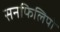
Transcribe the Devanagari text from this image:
सनफिलिपो